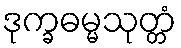
ဒုက္ခဓမ္မသုတ္တံ